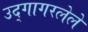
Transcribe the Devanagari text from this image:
उद्गागरलेले